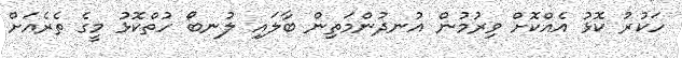
ހަކުރު ކޮޅު އެއްކޮށް ވިރުމުން އުނދުންމަތިން ބާލައި ލުނބޯ ހުތްކޮޅު މީގެ ތެރެއަށް